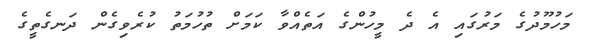
މަހުމޫދުގެ މަރުގައި އެ ދެ މީހުންގެ އަތެއްވާ ކަމަށް ތުހުމަތު ކުރެވިގެން ދަނގެތީގެ